Bombay plague: being a history of the progress of plague in the Bombay presidency from September 1896 to June 1899
Year: 1896
Disease focus: Plague
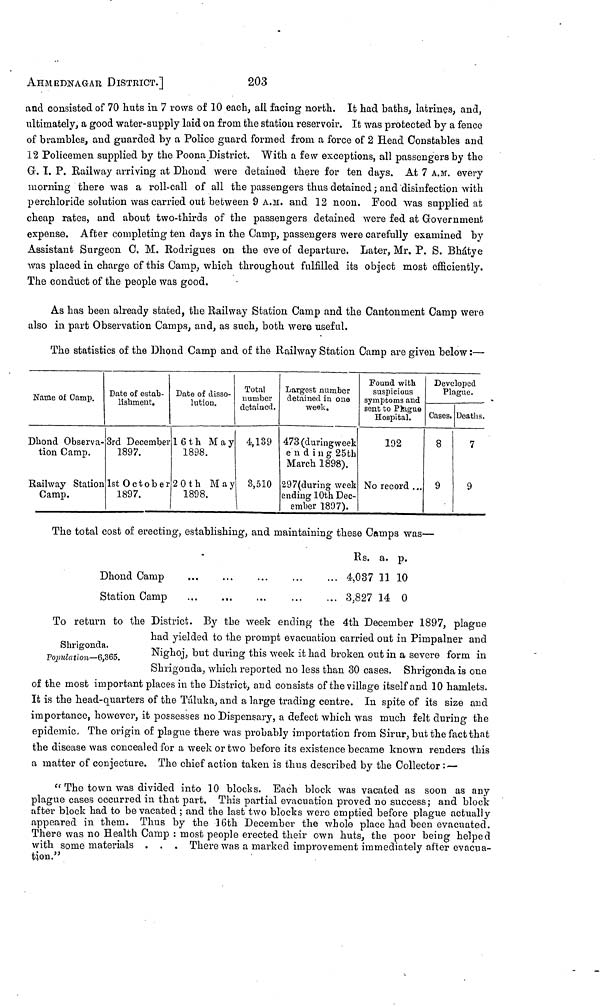
AHMEDNAGAR DISTRICT.]
203
and consisted of 70 huts in 7 rows of 10 each, ail facing north. It had baths, latrines, and,
ultimately, a good water-supply laid on from the station reservoir. It was protected by a fence
of brambles, and guarded by a Police guard formed from a force of 2 Head Constables and
12 Policemen supplied by the Poona District. With a few exceptions, all passengers by the
G. I. P. Railway arriving at Dhond were detained there for ten days. At 7 A.M. every
morning there was a roll-call of all the passengers thus detained ; and disinfection with
perchloride solution was carried out between 9 A.M. and 12 noon. Food was supplied at
cheap rates, and about two-thirds of the passengers detained were fed at Government
expense. After completing ten days in the Camp, passengers were carefully examined by
Assistant Surgeon C. M. Rodrigues on the eve of departure. Later, Mr. P. S. Bhátye
was placed in charge of this Camp, which throughout fulfilled its object most efficiently.
The conduct of the people was good.
As has been already stated, the Railway Station Camp and the Cantonment Camp were
also in part Observation Camps, and, as such, both were useful.
The statistics of the Dhond Camp and of the Railway Station Camp are given below :—
Name of Camp.
Dhond Observa-
tion Camp.
Railway Station
Camp.
Date of estab-
lishment.
3rd December
1897.
1st October
1897.
Date of disso-
lution.
1 6th May
1898.
20th May
1898.
Total
number
detained.
4,139
3,510
Largest number
detained in one
week.
473 (during week
ending 25th
March 1898).
297(during week
ending 10th Dec-
ember 1897).
Found with
suspicious
symptoms and
sent to Plague
Hospital.
192
No record ...
Developed
Plague.
Cases.
8
9
Deaths.
7
9
The total cost of erecting, establishing, and maintaining these Camps was —
Dhond Camp
Station Camp
...
...
...
...
...
Rs. a. p.
4,037 11 10
3,827 14 0
Shrigonda.
Population—6,365.
To return to the District. By the week ending the 4th December 1897, plague
had yielded to the prompt evacuation carried out in Pimpalner and
Nighoj, but during this week it had broken out in a severe form in
Shrigonda, which reported no less than 30 cases. Shrigonda is one
of the most important places in the District, and consists of the village itself and 10 hamlets.
It is the head-quarters of the Táluka, and a large trading centre. In spite of its size and
importance, however, it possesses no Dispensary, a defect which was much felt during the
epidemic. The origin of plague there was probably importation from Sirur, but the fact that
the disease was concealed for a week or two before its existence became known renders this
a matter of conjecture. The chief action taken is thus described by the Collector : —
"The town was divided into 10 blocks. Each block was vacated as soon as any
plague cases occurred in that part. This partial evacuation proved no success ; and block
after block had to be vacated ; and the last two blocks were emptied before plague actually
appeared in them. Thus by the 16th December the whole place had been evacuated.
There was no Health Camp : most people erected their own huts, the poor being helped
with some materials . . . There was a marked improvement immediately after evacua-
tion."